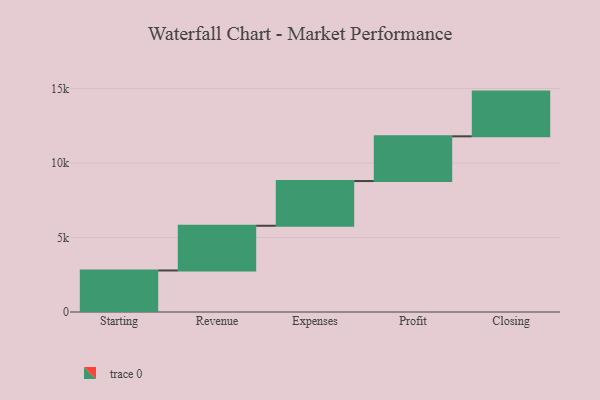
{"axis": {"x": "Step", "y": "Value"}, "legend": [""], "data": [{"x": "Starting", "y": 2786.0, "type": ""}, {"x": "Revenue", "y": 3000, "type": ""}, {"x": "Expenses", "y": 3000, "type": ""}, {"x": "Profit", "y": 3000, "type": ""}, {"x": "Closing", "y": 3000, "type": ""}]}